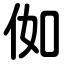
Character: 侞